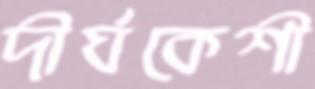
দীর্ঘকেশী